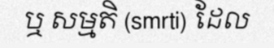
ឬ សម្មតិ (smrti) ដែល